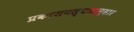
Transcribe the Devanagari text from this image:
प्रकाशनस्थळानुसार